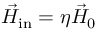
{ \vec { H } } _ { \mathrm { i n } } = \eta { \vec { H } } _ { 0 }